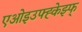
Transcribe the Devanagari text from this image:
एओइउफ्ह्केझ्फ्